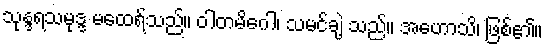
သုန္ဒရသမုဒ္ဒ မထေရ်သည်။ ဝါတမိဂေါ၊ သမင်ချဲ့ သည်။ အဟောသိ၊ ဖြစ်၏။